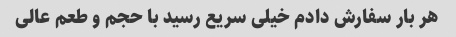
هر بار سفارش دادم خیلی سریع رسید با حجم و طعم عالی